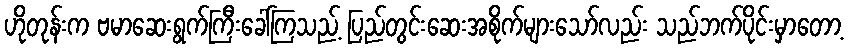
ဟိုတုန်းက ဗမာဆေးရွက်ကြီးခေါ်ကြသည့် ပြည်တွင်းဆေးအစိုက်များသော်လည်း သည်ဘက်ပိုင်းမှာတော့